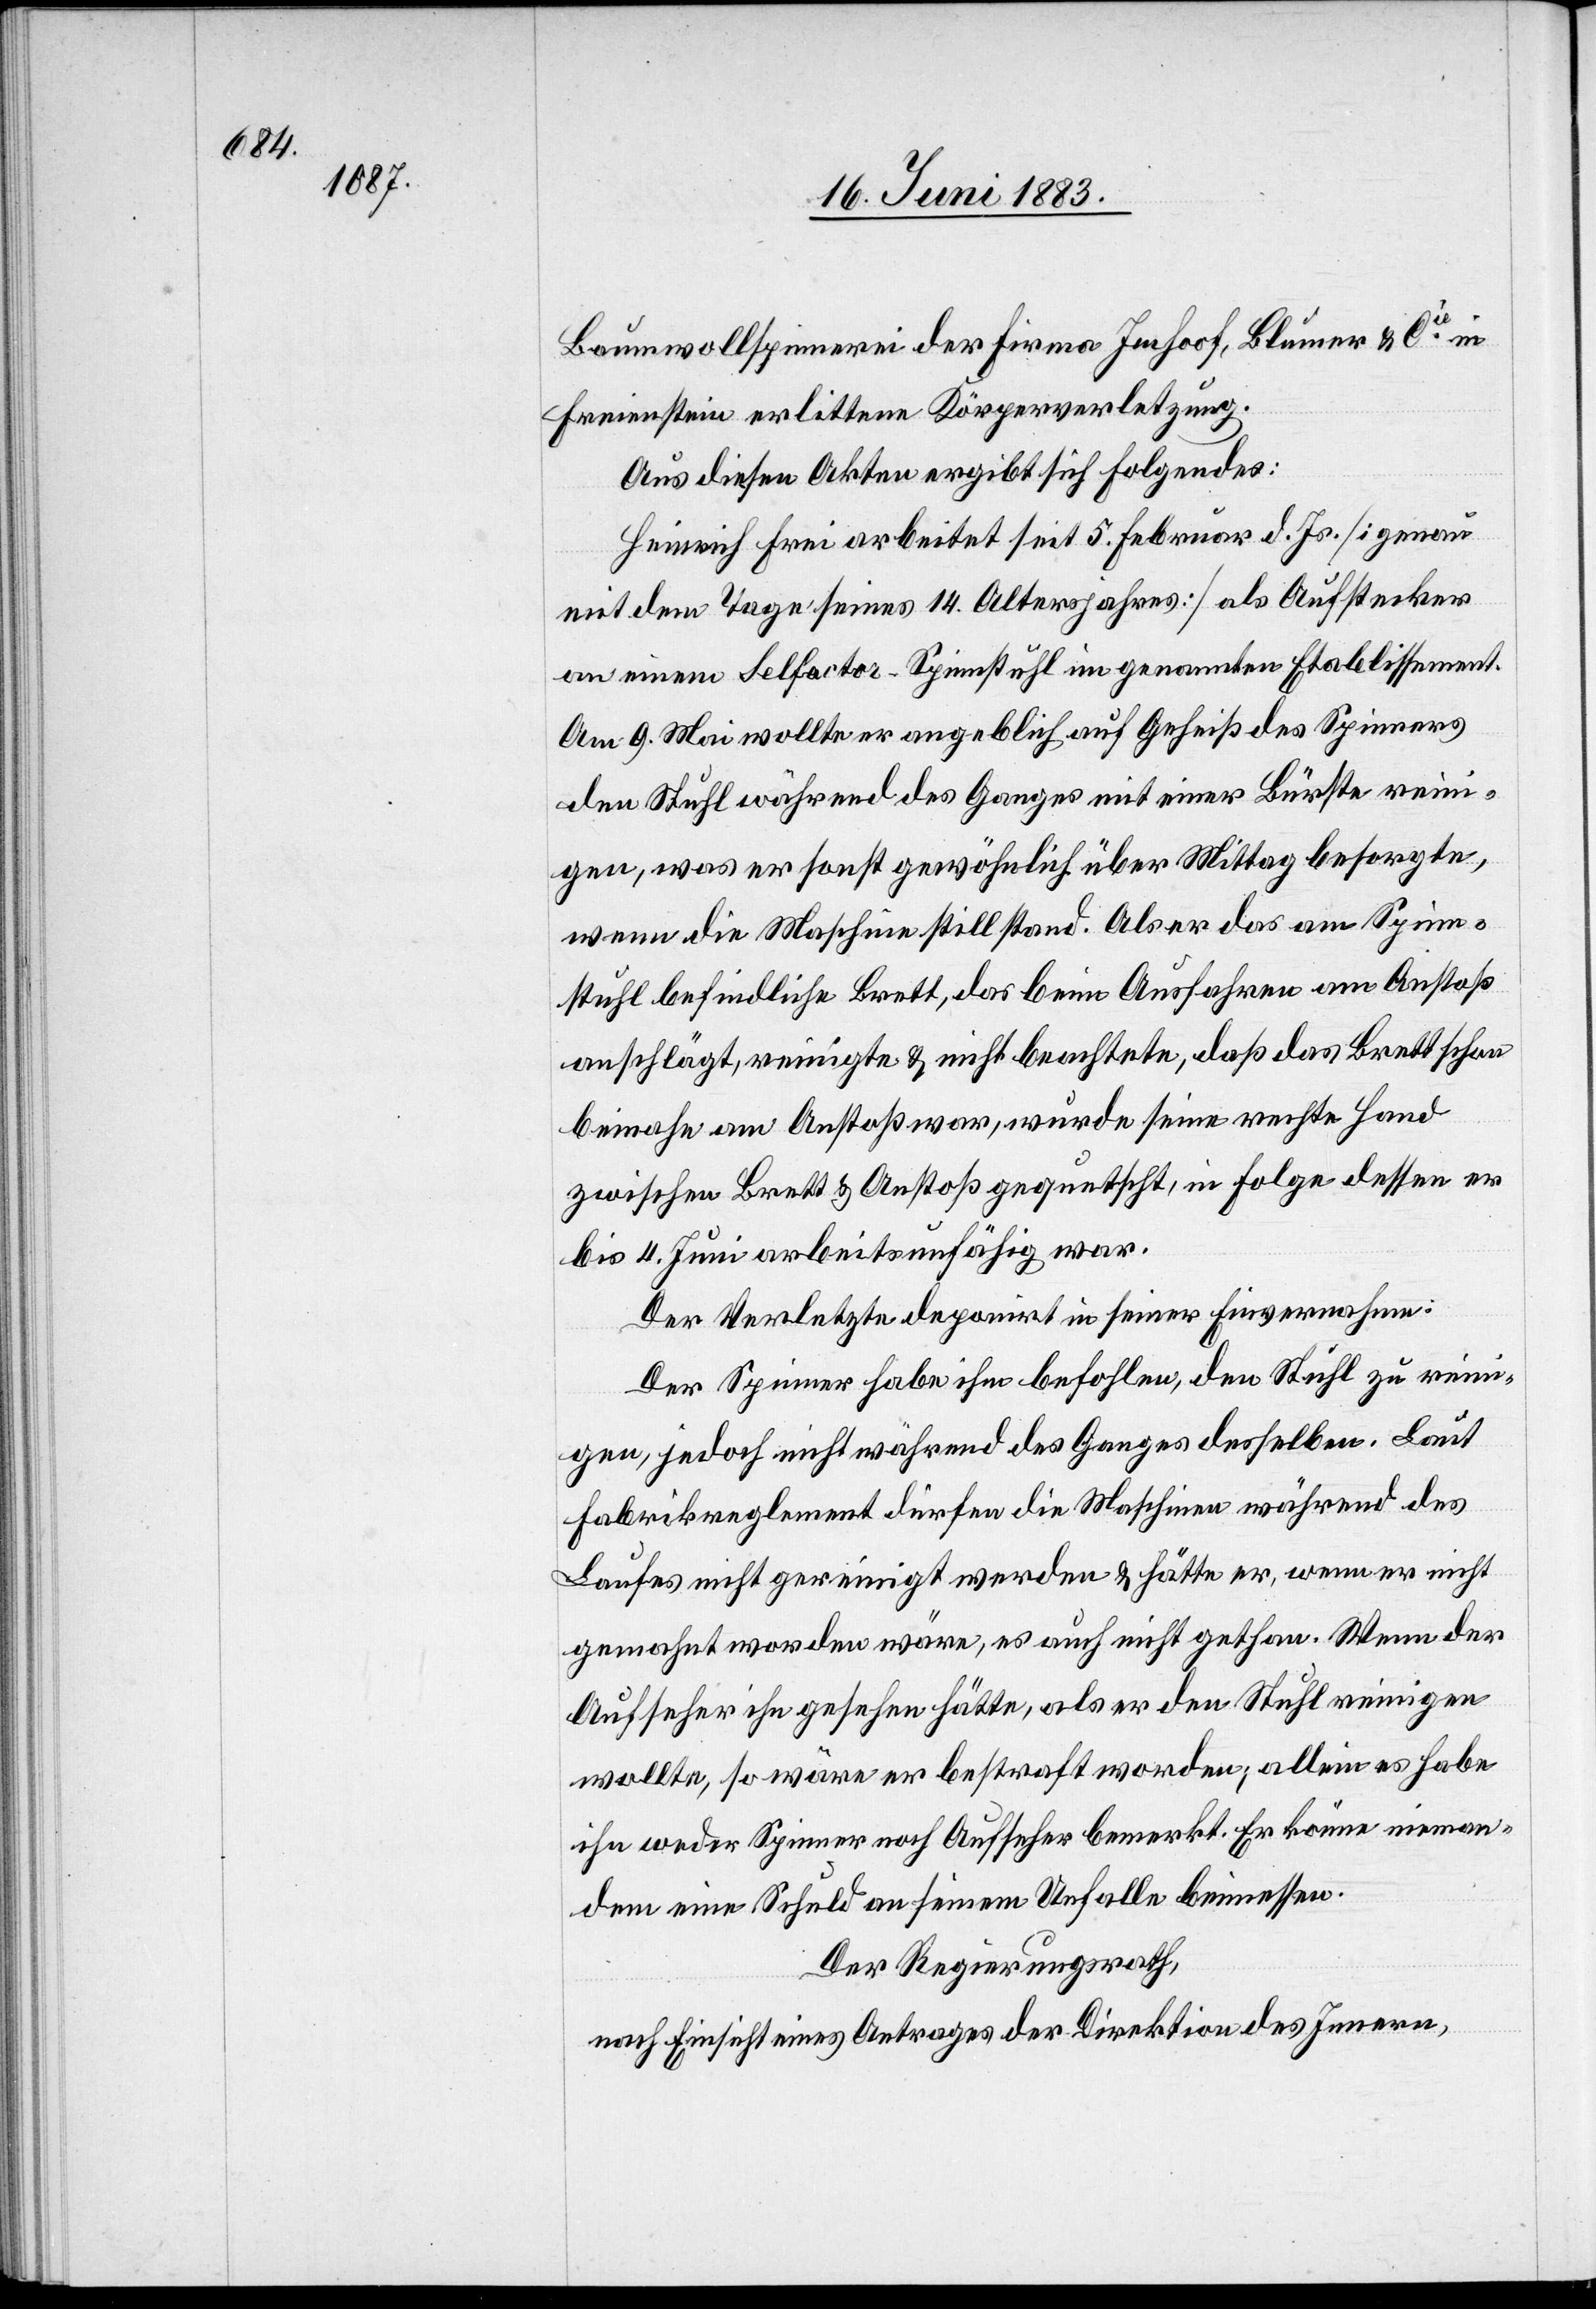
Baumwollspinnerei der Firma Imhof, Blumer & Cie in
Freienstein erlittene Körperverletzung.
Aus diesen Akten ergibt sich folgendes:
Heinrich Frei arbeitet seit 5. Februar d. Js. [genau
mit dem Tage seines 14. Altersjahres] als Aufstecker
an einem Selfactor-Spinnstuhl im genannten Etablissement.
Am 9. Mai wollte er angeblich auf Geheiß des Spinners
den Stuhl während des Ganges mit einer Bürste reini¬
gen, was er sonst gewöhnlich über Mittag besorgte,
wenn die Maschine stillstand. Als er das am Spinn¬
stuhl befindliche Brett, das beim Ausfahren am Anstoß
anschlägt, reinigte & nicht beachtete, daß das Brett schon
beinahe am Anstoß war, wurde seine rechte Hand
zwischen Brett & Anstoß gequetscht, in Folge dessen er
bis 4. Juni arbeitsunfähig war.
Der Verletzte deponirt in seiner Einvernahme:
Der Spinner habe ihm befohlen, den Stuhl zu reini¬
gen, jedoch nicht während des Ganges desselben. Laut
Fabrikreglement dürfen die Maschinen während des
Laufes nicht gereinigt werden & hätte er, wenn er nicht
gemahnt worden wäre, es auch nicht gethan. Wenn der
Aufseher ihn gesehen hätte, als er den Stuhl reinigen
wollte, so wäre er bestraft worden; allein es habe
ihn weder Spinner noch Aufseher bemerkt. Er könne nieman¬
dem eine Schuld an seinem Unfalle beimessen.
Der Regierungsrath,
nach Einsicht eines Antrages der Direktion des Innern,